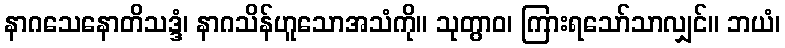
နာဂသေနောတိသဒ္ဒံ၊ နာဂသိန်ဟူသောအသံကို။ သုတွာဝ၊ ကြားရသော်သာလျှင်။ ဘယံ၊